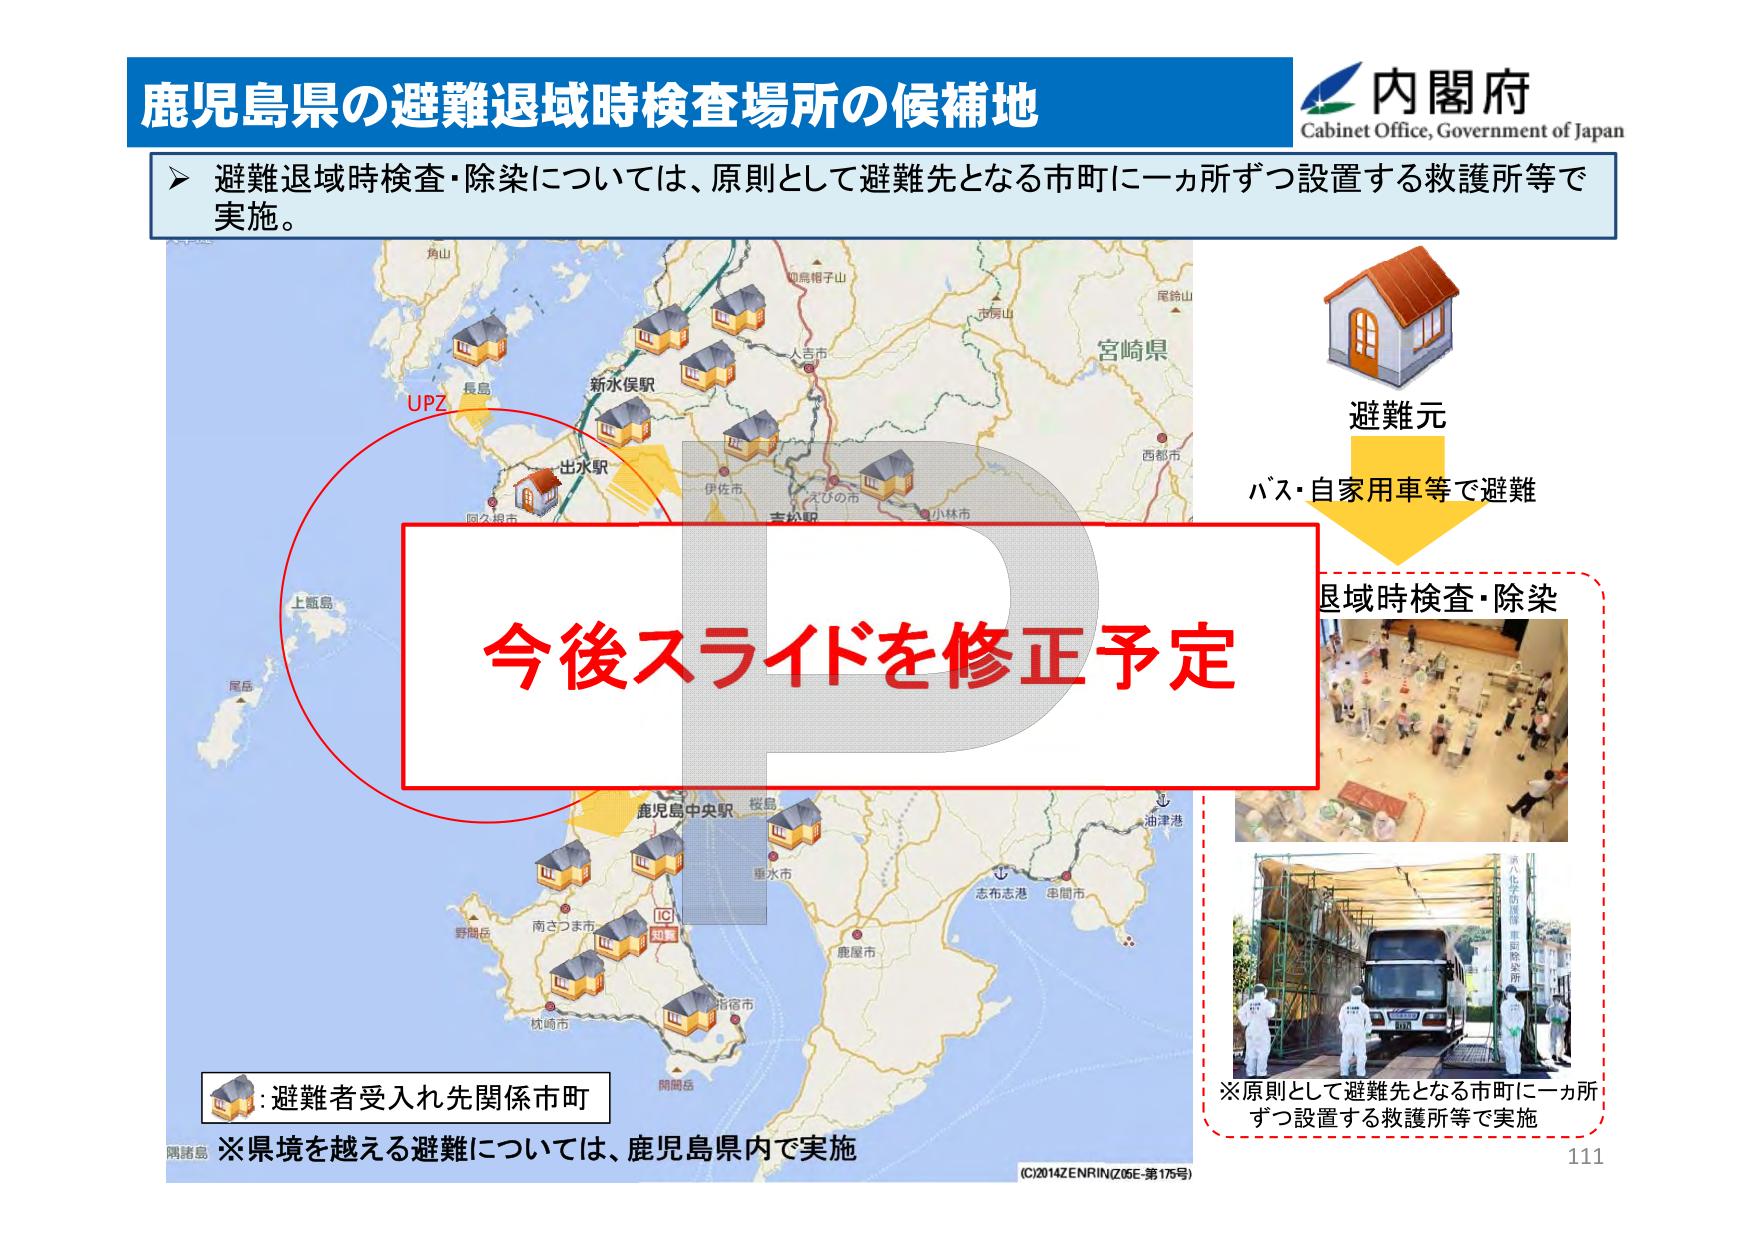
鹿児島県の避難退域時検査場所の候補地
内閣府
Cabinet Office, Government of Japan
➤ 避難退域時検査・除染については、原則として避難先となる市町に一ヵ所ずつ設置する救護所等で
実施。
角山
知鳥帽子山
市房山
尾鈴山
宮崎県
長島
新水俣駅
人吉市
西都市
UPZ
出水駅
伊佐市
えびの市
小林市
阿久根市
吉松駅
避難元
バス・自家用車等で避難
退域時検査・除染
今後スライドを修正予定
上甑島
尾島
鹿児島中央駅
桜島
油津港
重水市
志布志港
串間市
野間岳
南さつま市
鹿屋市
枕崎市
指宿市
開聞岳
:避難者受入れ先関係市町
※県境を越える避難については、鹿児島県内で実施
(C)2014ZENRIN(Z05E-第175号)
※原則として避難先となる市町に一ヵ所
ずつ設置する救護所等で実施
111